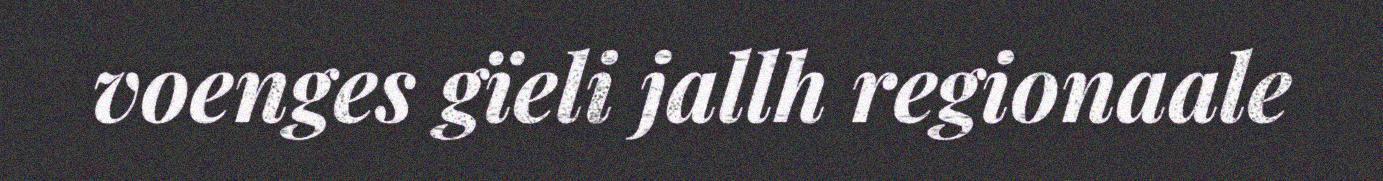
voenges gïeli jallh regionaale